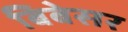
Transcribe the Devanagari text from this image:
बिबेसर